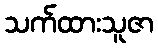
သက်ထားသူဇာ